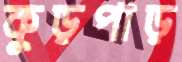
কুড়পাড়